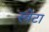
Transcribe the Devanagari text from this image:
स्वेटा